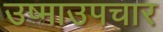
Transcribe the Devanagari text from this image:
उष्माउपचार